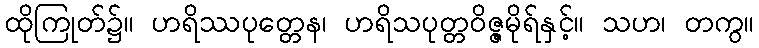
ထိုကြုတ်၌။ ဟရိဿပုတ္တေန၊ ဟရိသပုတ္တဝိဇ္ဇမိုရ်နှင့်။ သဟ၊ တကွ။